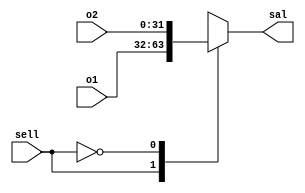
`timescale 1ns/1ns
module mux32(
	input [31:0] o1,
	input [31:0] o2,
	input sell,
	output reg [31:0] sal
);
always @* begin
 	case(sell)
		1'b1: sal = o1;
		1'b0: sal = o2;
	endcase
end
endmodule